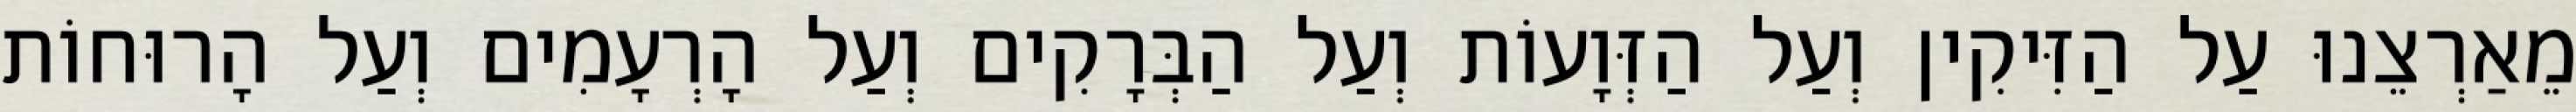
מֵאַרְצֵנוּ עַל הַזִּיקִין וְעַל הַזְּוָעוֹת וְעַל הַבְּרָקִים וְעַל הָרְעָמִים וְעַל הָרוּחוֹת